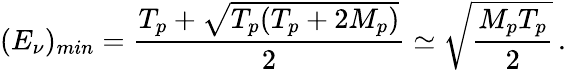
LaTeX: (E_{\nu})_{min}=\frac{T_{p}+\sqrt{T_{p}(T_{p}+2M_{p})}}{2}\simeq\sqrt{\frac{M_{p}T_{p}}{2}}\, .